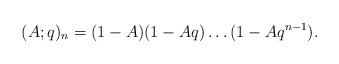
\begin{align*}(A;q)_n = (1-A)(1-Aq)\dots (1-Aq^{n-1}).\end{align*}